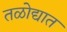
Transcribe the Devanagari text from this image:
तळोद्यात